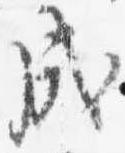
戌